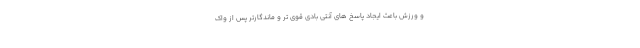
و ورزش باعث ایجاد پاسخ های آنتی بادی قوی تر و ماندگارتر پس از واک